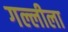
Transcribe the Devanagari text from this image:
गल्लीला